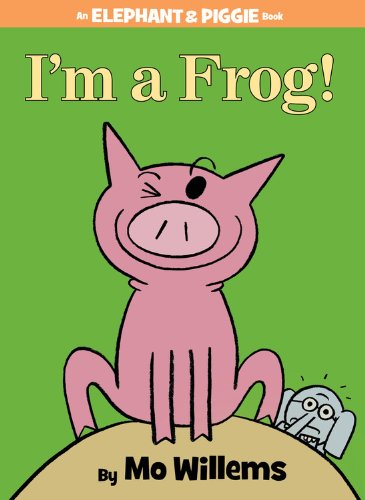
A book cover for I'm a Frog! (An Elephant and Piggie Book); Mo Willems; Children's Books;